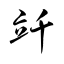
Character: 竏